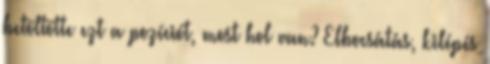
betöltötte ezt a pozíciót, most hol van? Elbocsátás, kilépés